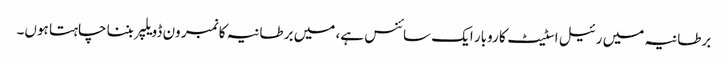
برطانیہ میں رئیل اسٹیٹ کا روبار ایک سائنس ہے، میں برطانیہ کا نمبر ون ڈویلپر بننا چاہتا ہوں۔